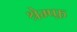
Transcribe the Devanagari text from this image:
श्रेम्प्फ़